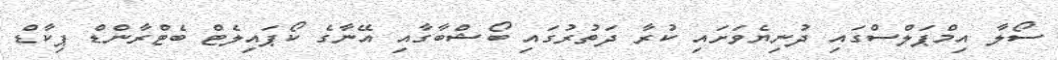
ސޯލާ އިމްޕަލްސްގައި ދުނިޔެވަށައި ކުރާ ދަތުރުގައި ބޯޝްބާގާއި އޭނާގެ ކޯޕައިލެޓް ބެޓްރާންޑް ޕިކާޑް